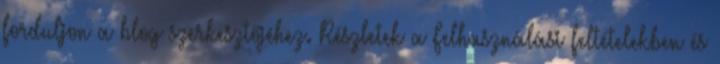
forduljon a blog szerkesztőjéhez. Részletek a Felhasználási feltételekben és